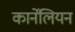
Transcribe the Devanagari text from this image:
कार्नेलियन